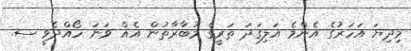
މިދިޔަ އަހަރުގެ އެންމެ އަލިގަދަ ތަރީގެ މުބާރާތުން އެއް ވަނަ ހޯއްދެވީ ސ.